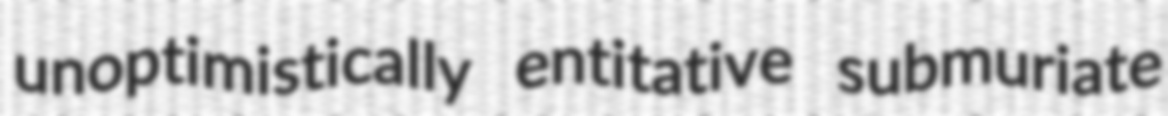
unoptimistically entitative submuriate